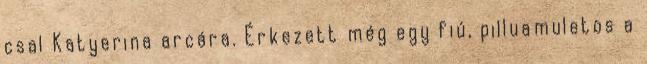
csal Katyerina arcára. Érkezett még egy fiú, pilluamuletos a